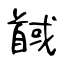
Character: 馘